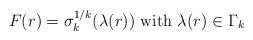
LaTeX: \begin{align*}F (r) = \sigma_k^{1/k} (\lambda(r)) \mbox{ with } \lambda(r) \in \Gamma_k\end{align*}